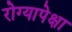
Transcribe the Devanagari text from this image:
रोग्यापेक्षा